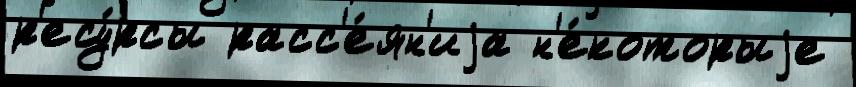
р'есу́рсы расс'е́ян'иjа н'е́которыjе